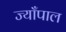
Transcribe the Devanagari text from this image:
ज्याँपाल